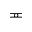
\eqcirc